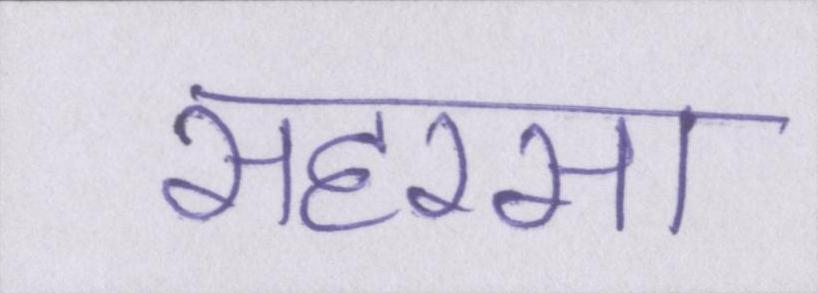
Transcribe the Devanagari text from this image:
सहरसा